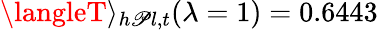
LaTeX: \langleT\rangle_{h\mathscr{P}l,t}(\lambda=1)=0.6443